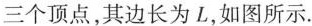
三个顶点，其边长为L，如图所示.